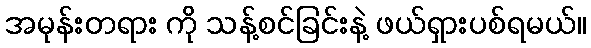
အမုန်းတရား ကို သန့်စင်ခြင်းနဲ့ ဖယ်ရှားပစ်ရမယ်။